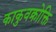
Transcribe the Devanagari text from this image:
काकुवक्रोक्ति